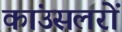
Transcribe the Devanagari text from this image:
कांउसलरों